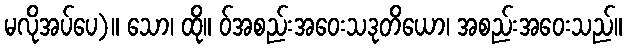
မလိုအပ်ပေ)။ သော၊ ထို။ ဝ်အစည်းအဝေးသဒုတိယော၊ အစည်းအဝေးသည်။